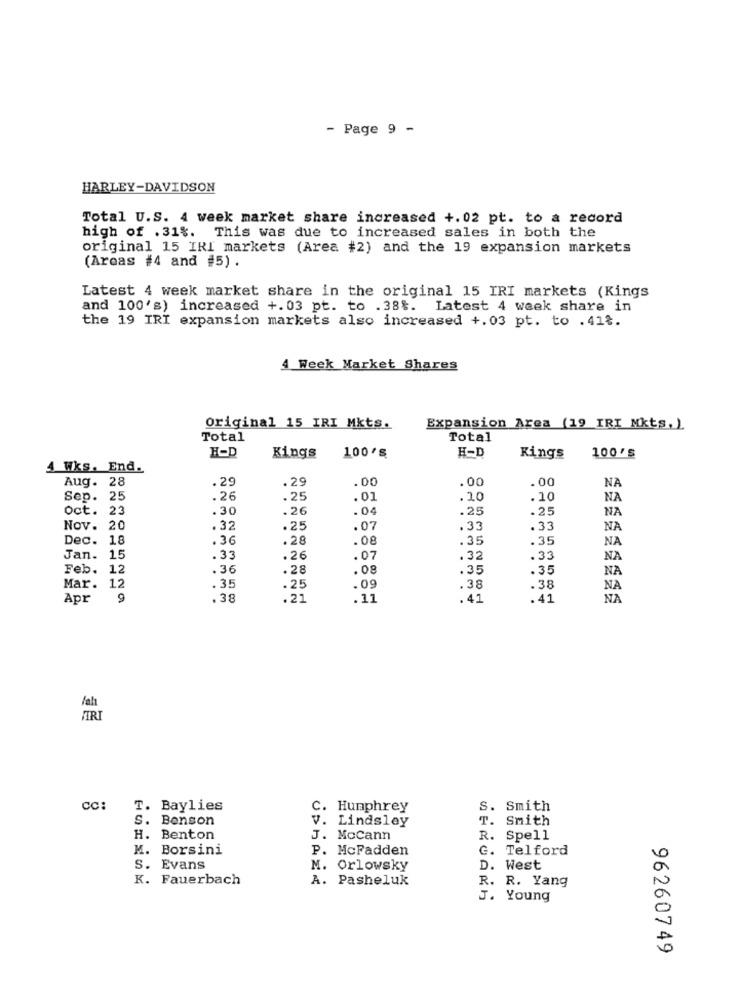
- Page 9 -
HARLEY-DAVIDSON
Total U.S. 4 week market share increased +.02 pt. to a record
high of .31%. This was due to increased sales in both the
original 15 IRI markets (Area #2) and the 19 expansion markets
(Arcas #4 and #5) .
Latest 4 week market share in the original 15 IRI markets (Kings
and 100's) increased +.03 pt. to .38%. Latest 4 week share in
the 19 IRI expansion markets also increased +.03 pt. to . 418.
4 Week Market Shares
original 15 IRI Mkts.
Expansion Area (19 IRI Nkts, ).
Total
Total
H-D
H-D
100'S
Kings
100'S
Kings
4 Wks. End.
Aug. 28
.29
.29
.00
.00
.00
NA
Sep. 25
.26
.25
.01
.10
.10
NA
Oct. 23
.30
.26
. 04
.25
.25
NA
Nov. 20
.32
.25
.07
.33
.33
NA
Dec. 18
. 36
.28
.08
.35
.35
NA
Jan. 15
.33
.26
.07
. 32
.33
NA
Feb.
12
.36
.28
.08
.35
.35
NA
Mar. 12
. 35
.25
.09
.38
.38
NA
Apr
9
. 38
. 21
.11
.41
.41
NA
/ah
TIRI
Cc:
T. Baylies
C. Hunphrey
S. Smith
S. Benson
v. Lindsley
T. Smith
H. Benton
J. MoCann
R. Spell
M. Borsini
P. McFadden
G. Telford
S. Evans
M. Orlowsky
D.
West
K. Fauerbach
A. Pasheluk
R. R. Yang
J. Young
96260749